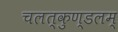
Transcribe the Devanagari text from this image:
चलत्कुण्डलम्